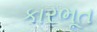
કારભૂત